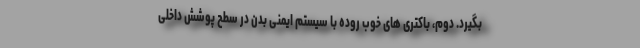
بگیرد. دوم، باکتری های خوب روده با سیستم ایمنی بدن در سطح پوشش داخلی